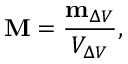
\mathbf { M } = { \frac { \mathbf { m } _ { \Delta V } } { V _ { \Delta V } } } ,